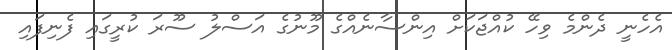
އެހެނީ ދެންމެ ވިހޭ ކުއްޖަކަށް އިންސާނެއްގެ މޫނުގެ އަސްލު ސޫރަ ކުރީގައި ފެނިފައި